NAE_ERA_R-2324_Eesti_Vabariigi_Pohiseaduslik_Assamblee, lk 148
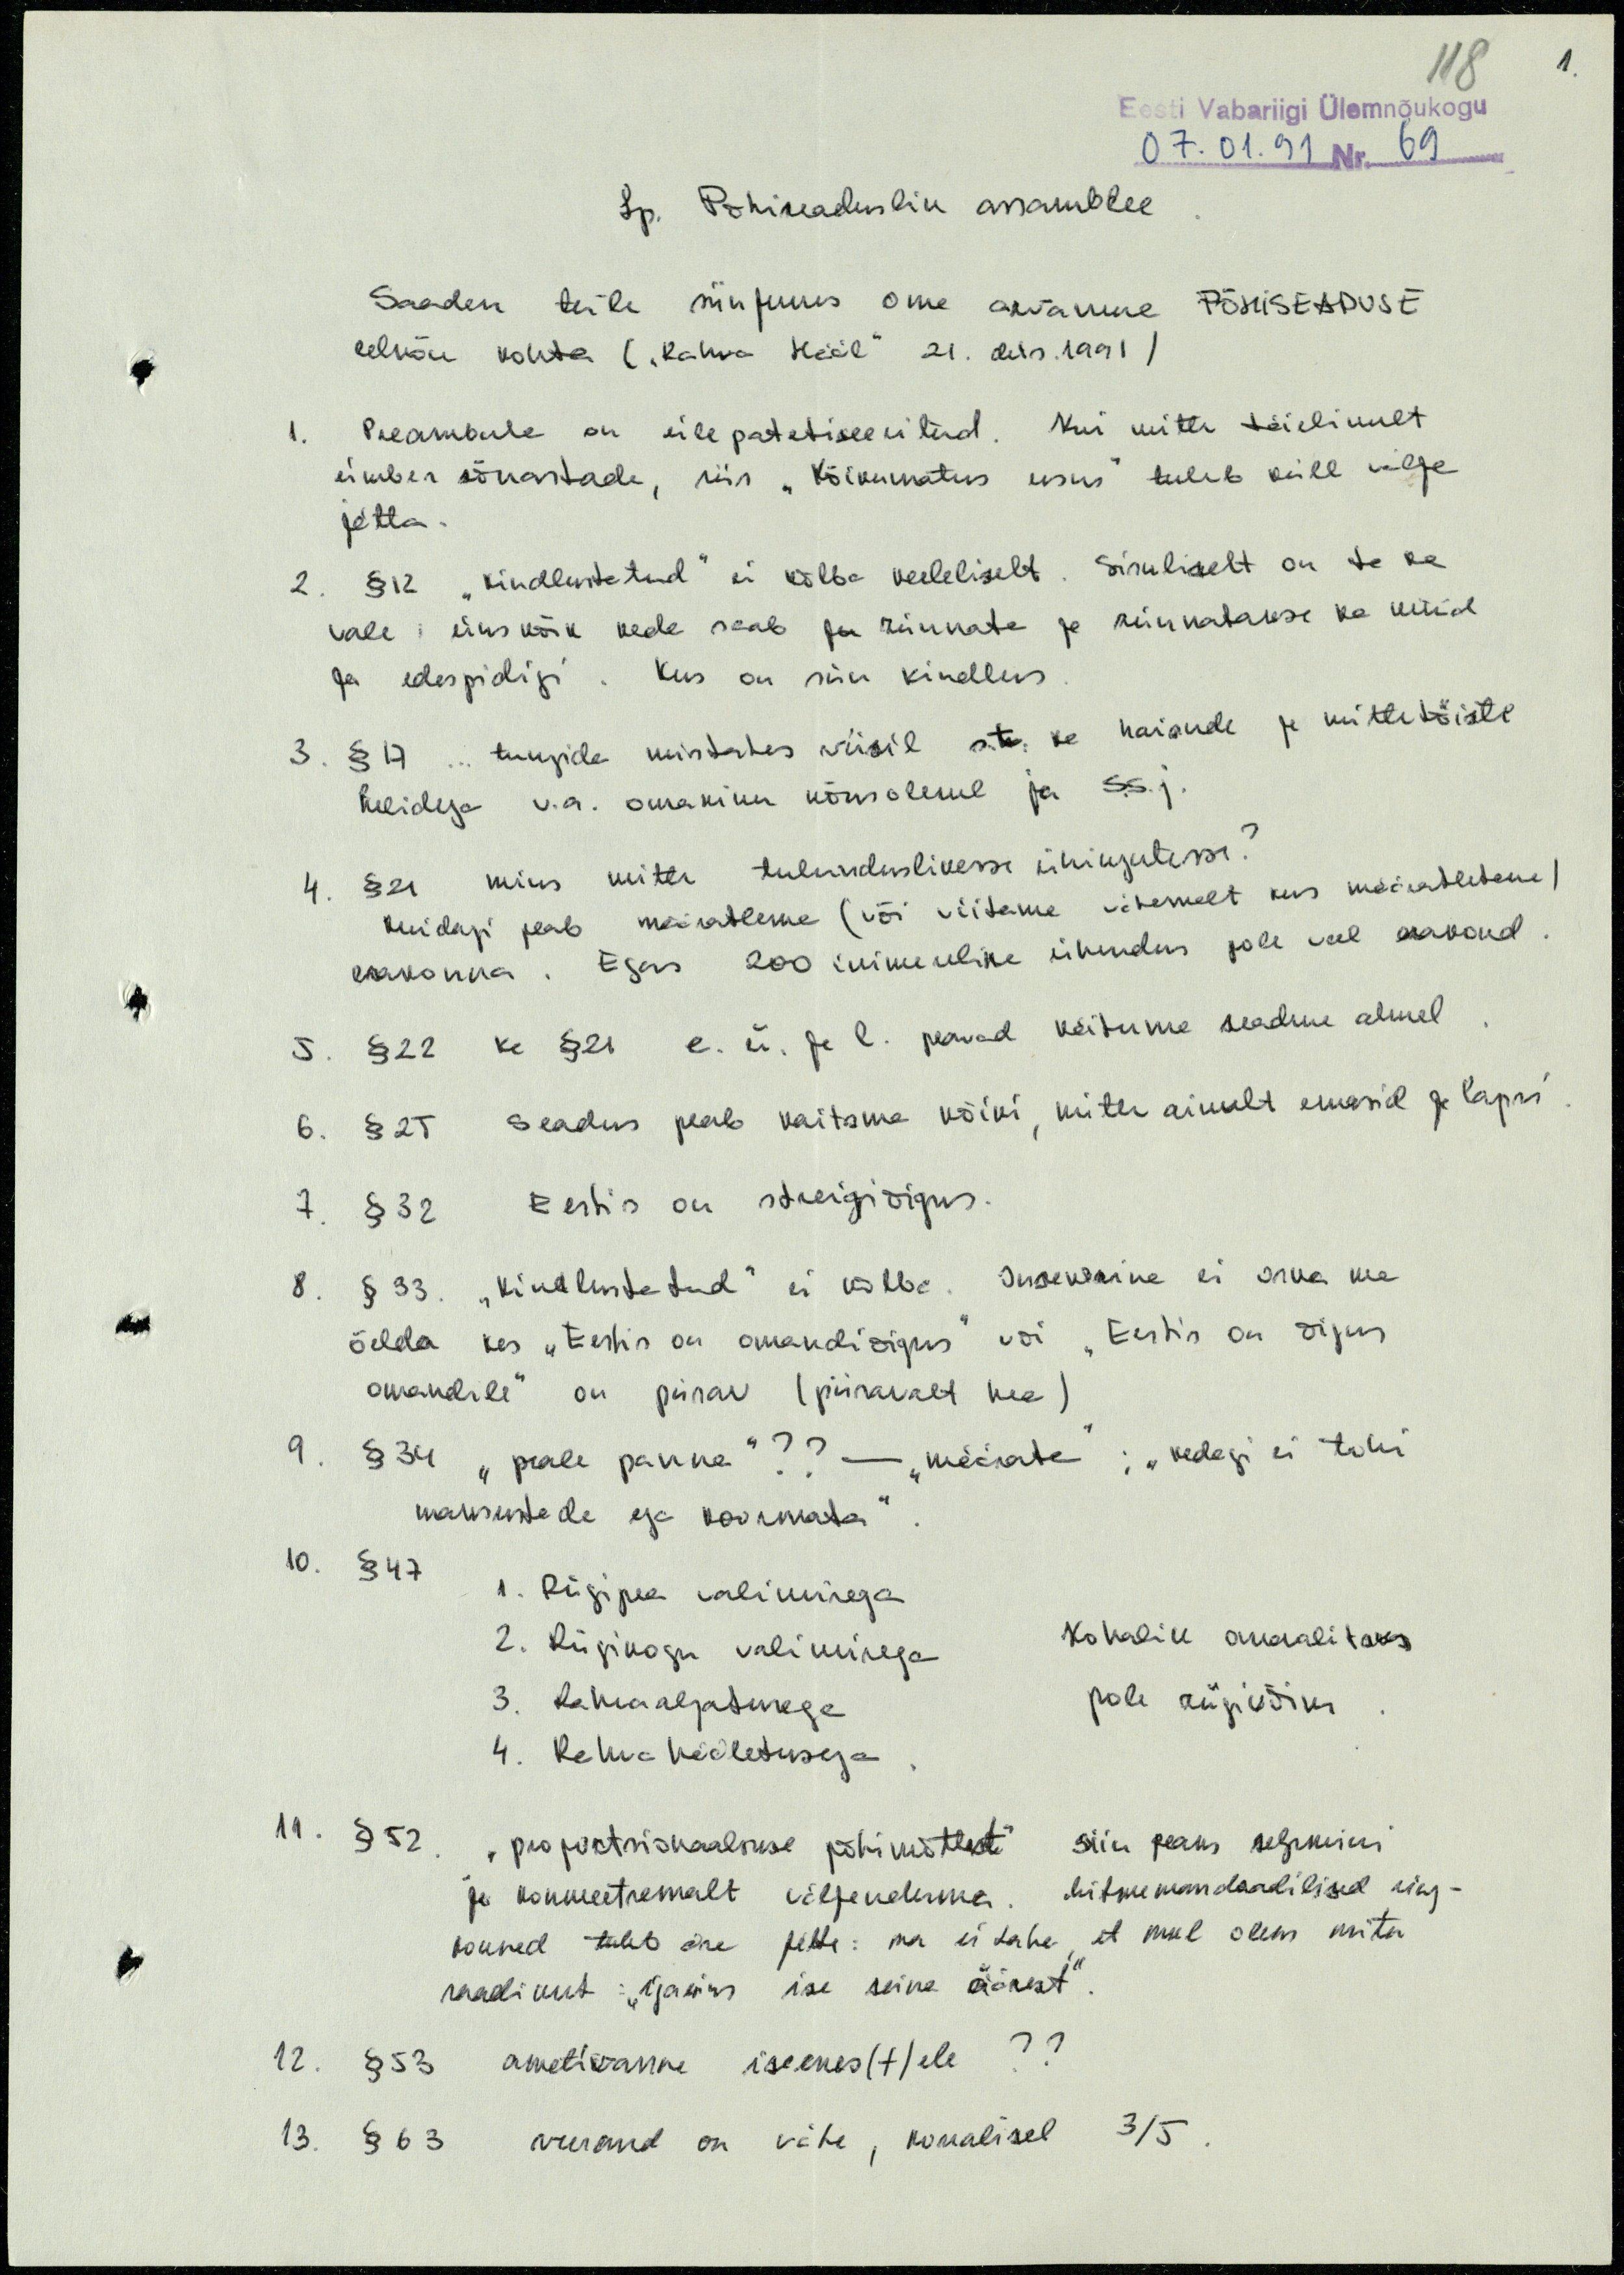
118
1.
Eesti Vabariigi Ülemnõukogu
07.01.91 Nr. 69
Lp. Põhiseaduslik assamblee
Saadan teile siinjuures oma arvamuse PÕHISEADUSE
eelnõu kohta ( "Rahva Hääl" 21.dets.1991)
1. Preambula on ülepatetiseeritud. Kui mitte täielikult
ümber sõnastada, siis "Kõikumatus usus" tuleb küll välja
jätta.
2. § 12 "kindlustatud" ei kõlba keeleliselt. Sisuliselt on ta ka
vale: ükskõik keda saab ju rünnata ja rünnatakse ka nüüd
ja edaspidigi. Kus on siin kindlus.
3. § 17... tungida mistahes viisil s.t. ka haisude ja mittetöiste
helidega v.a. omaniku nõusolekul ja s.s.j.
4 .§ 21 miks mitte tulunduslikesse ühingutesse?
Muidugi peab määratlema (või viitama vähemalt kus määratletama)
erakonna. Egas 200 inimeseline ühendus pole veel erakond.
5. § 22 ka § 21 e. ü. ja l. peavad käituma seaduse alusel.
6. § 25 Seadus peab kaitsma kõiki, mitte ainult emasid ja lapsi.
7. § 32 Eestis on streigiõigus.
8. § 33. "kindlustatud" ei kõlba. Insenerina ei oska ma
öelda kas "Eestis on omandiõigus" või "Eestis on õigus
omandile" on piisav (piisavalt hea)
9. § 34 "peale panna" ?? - "määrata"; "kedagi ei tohi
maksustada ega koormata".
10. § 47 1. Riigipea valimisega
2. Riigikogu valimisega
3. Rahvaalgatusega
4. Rahvahääletusega
Kohalik omavalitsus
pole riigivõim
11. § 52. "proportsionaalsuse põhimõttest" siin peaks selgmini
ja konkreetsemalt väljenduma. Mitmemandaadilised ring-
konnad tuleb ära jätta: ma ei taha, et mul oleks mitu
saadikut : "igaüks ise seina äärest".
12. § 53 ametivanne iseenes(t)ele ??
13. § 63 veerand on vähe, korralisel 3/5.